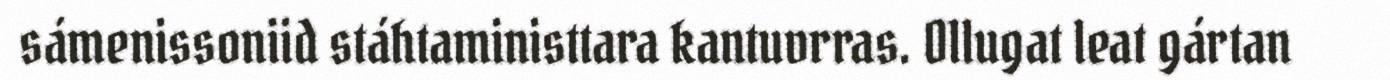
sámenissoniid stáhtaministtara kantuvrras. Ollugat leat gártan